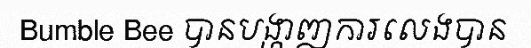
Bumble Bee បានបង្ហាញការលេងបាន